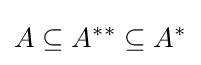
A\subseteq A^{**}\subseteq A^{*}